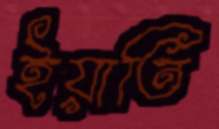
ইয়াতি